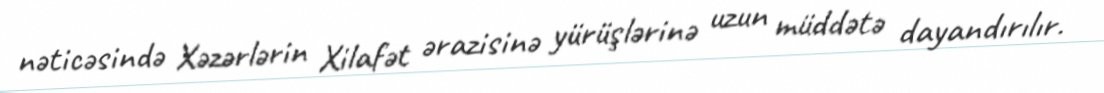
nəticəsində Xəzərlərin Xilafət ərazisinə yürüşlərinə uzun müddətə dayandırılır.